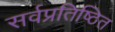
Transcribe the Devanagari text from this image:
सर्वप्रतिष्ठित